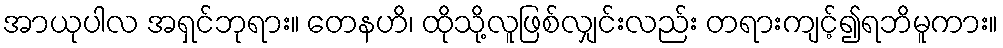
အာယုပါလ အရှင်ဘုရား။ တေနဟိ၊ ထိုသို့လူဖြစ်လျှင်းလည်း တရားကျင့်၍ရဘိမူကား။